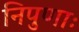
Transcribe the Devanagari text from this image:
निपुणाः